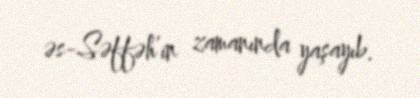
əs-Səffəh’in zamanında yaşayıb.